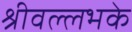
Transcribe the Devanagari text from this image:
श्रीवल्लभके